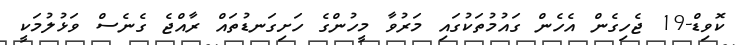
ކޮވިޑް-19 ޖެހިގެން އެހެންް ގައުމުތަކުގައި މަރުވާ މީހުންގެ ހަށިގަނޑުތައް ރާއްޖެ ގެނެސް ވަޅުލުމަކީ